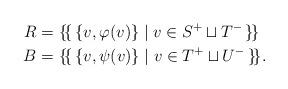
LaTeX: \begin{align*}R&=\{\!\{\, \{v,\varphi(v)\} \mid v \in S^{+} \sqcup T^{-}\,\}\!\} \\B&=\{\!\{\, \{v,\psi(v)\} \mid v \in T^{+} \sqcup U^{-}\,\}\!\}.\end{align*}